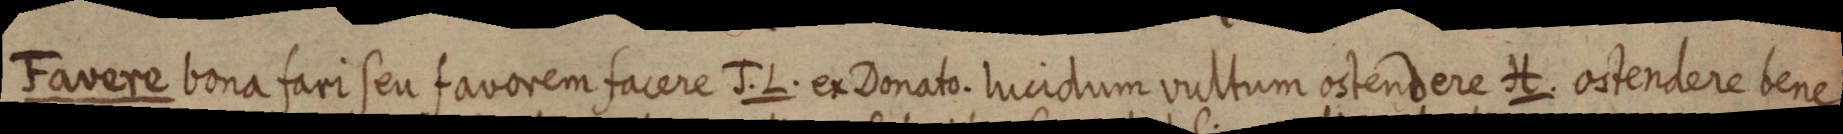
Favere bona fari seu favorem facere J. L. ex Donato. lucidum vultum ostendere H. ostendere bene